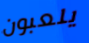
يلعبون